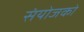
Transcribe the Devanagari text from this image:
संयोजको